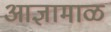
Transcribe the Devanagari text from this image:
आज्ञामाळ